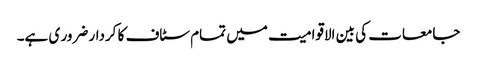
جامعات کی بین الاقوامیت میں تمام سٹاف کا کردار ضرور ی ہے۔